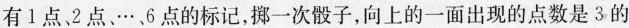
有1点，2点、…、6点的标记，掷一次骰子，向上的一面出现的点数是3的